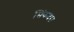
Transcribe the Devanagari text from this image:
सिंकदरा